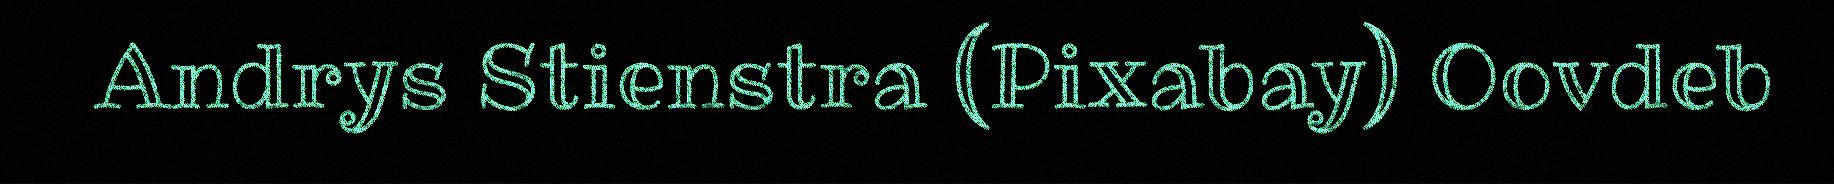
Andrys Stienstra (Pixabay) Oovdeb